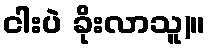
ငါးပဲ ခိုးလာသူ)။